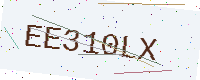
Text: EE310LX